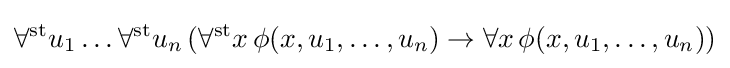
\forall ^{\mathrm {st} }u_{1}\dots \forall ^{\mathrm {st} }u_{n}\,(\forall ^{\mathrm {st} }x\,\phi (x,u_{1},\dots ,u_{n})\to \forall x\,\phi (x,u_{1},\dots ,u_{n}))